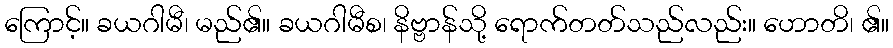
ကြောင့်။ ခယဂါမီ၊ မည်၏။ ခယဂါမီစ၊ နိဗ္ဗာန်သို့ ရောက်တတ်သည်လည်း။ ဟောတိ၊ ၏။